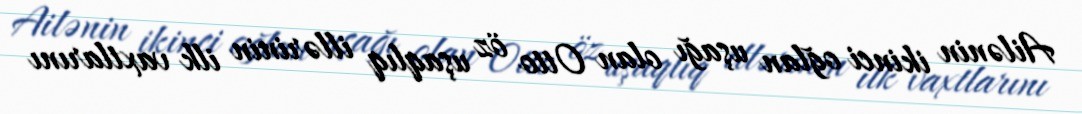
Ailənin ikinci oğlan uşağı olan Otto öz uşaqlıq illərinin ilk vaxtlarını